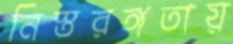
নিস্তরঙ্গতায়